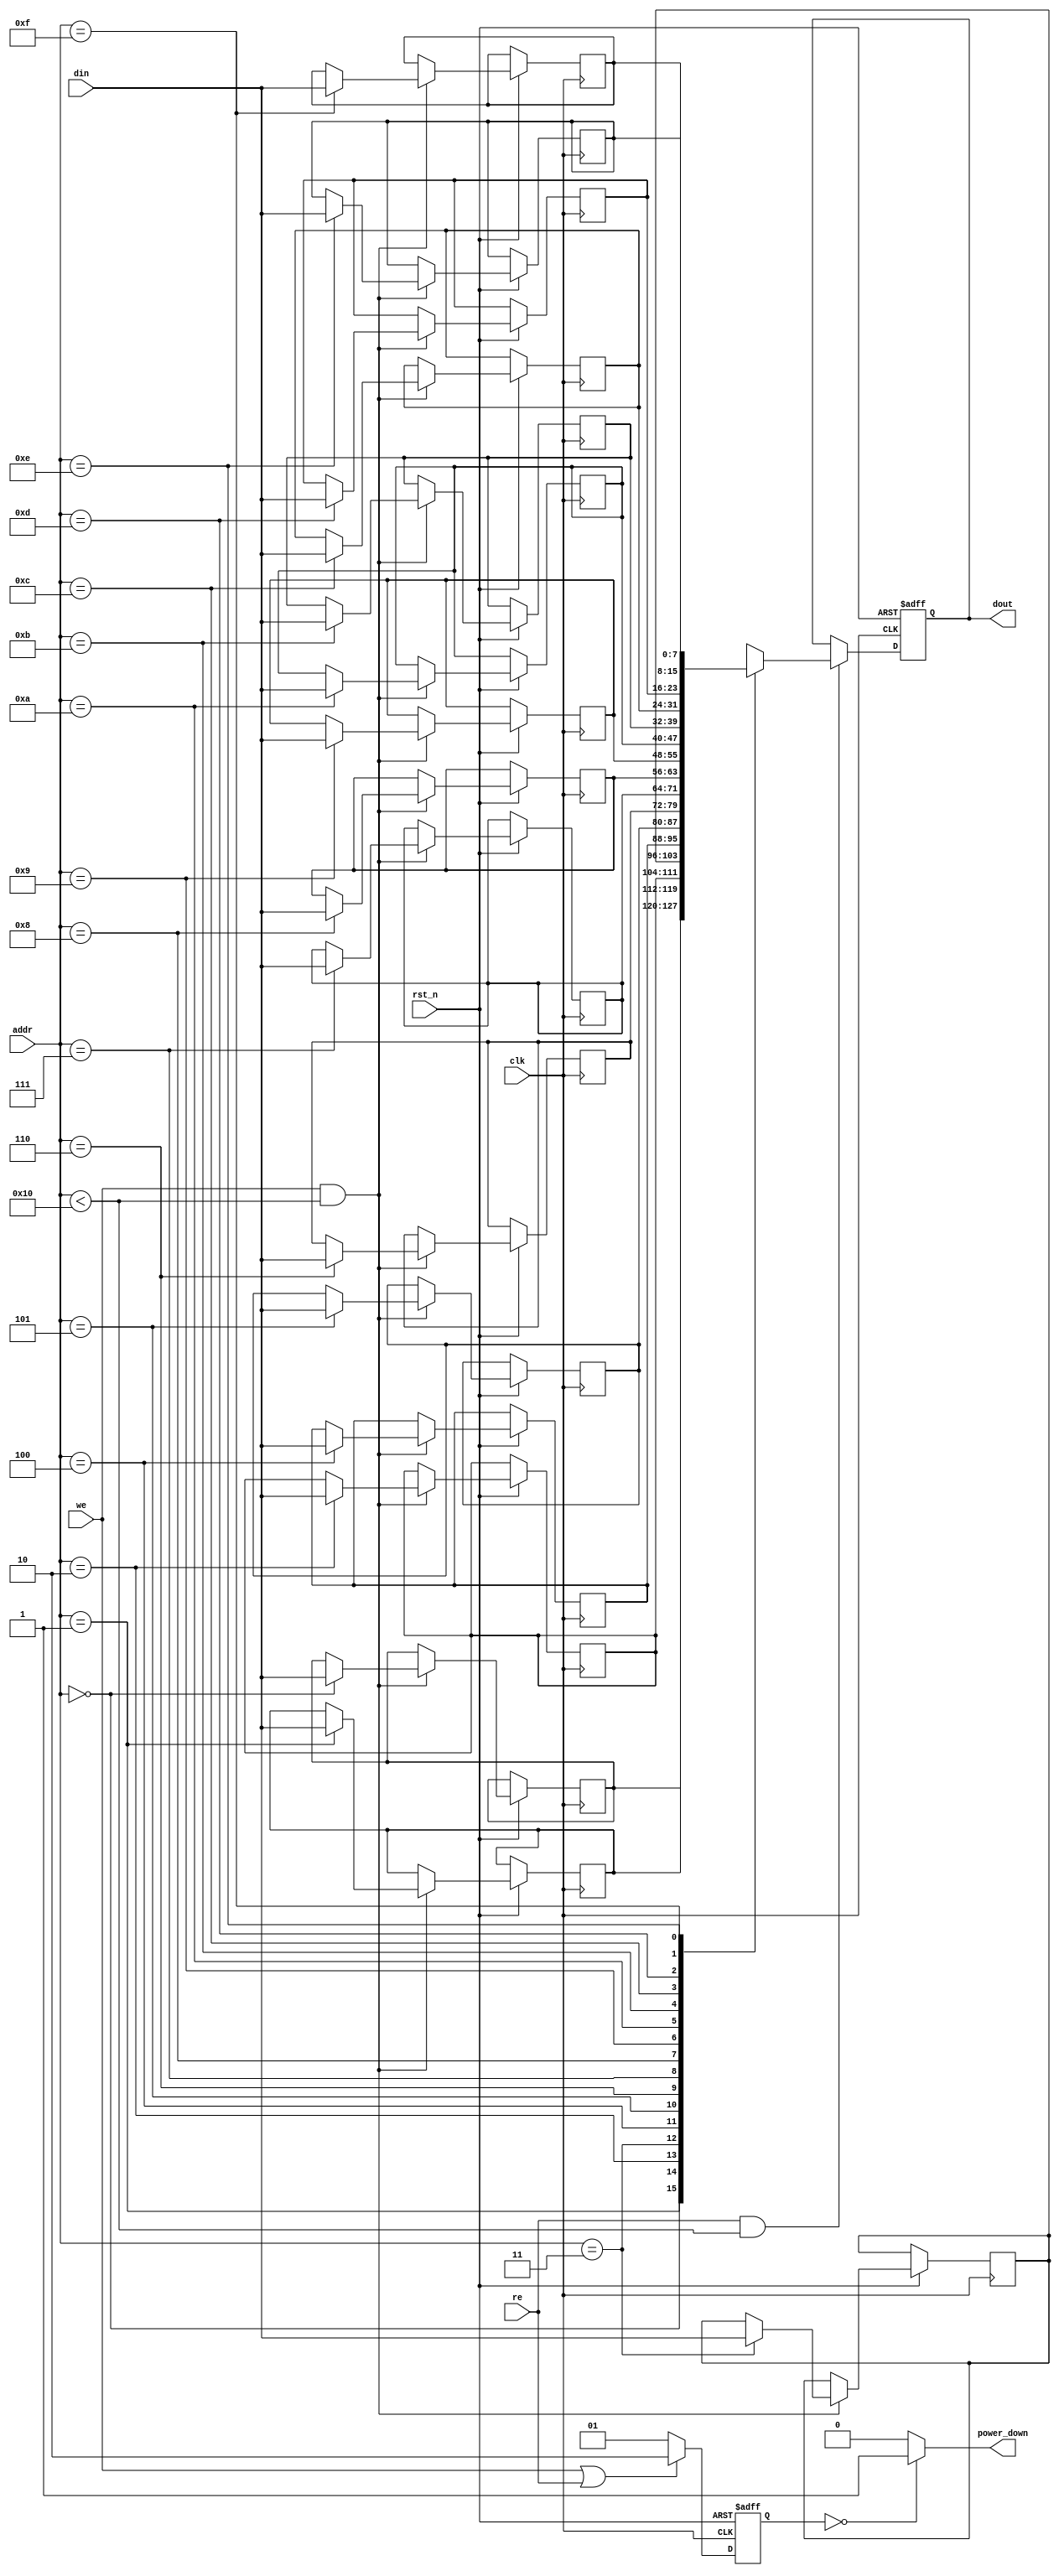
module low_power_sram #(
    parameter DATA_WIDTH = 8,          // Width of data (in bits)
    parameter ADDR_WIDTH = 4,          // Width of address (2^ADDR_WIDTH locations)
    parameter MEMORY_DEPTH = 16         // Total number of memory locations
)(
    input wire clk,
    input wire rst_n,
    input wire we,                     // Write enable
    input wire re,                     // Read enable
    input wire [ADDR_WIDTH-1:0] addr, // Address input
    input wire [DATA_WIDTH-1:0] din,   // Data input
    output reg [DATA_WIDTH-1:0] dout,  // Data output
    output reg power_down              // Power management signal
);
    
    // Memory array declaration
    reg [DATA_WIDTH-1:0] mem [0:MEMORY_DEPTH-1];

    // Internal registers for power management and state
    reg [1:0] state;                   // State of the SRAM (00: sleep, 01: standby, 10: active)

    // Address decoder
    wire valid_addr = (addr < MEMORY_DEPTH);

    // Power Management Logic
    always @(*) begin
        if (state == 0) begin             // Sleep
            power_down = 1;
        end
        else begin                        // Active and Standby
            power_down = 0;
        end
    end

    // Read and Write Operations
    always @(posedge clk or negedge rst_n) begin
        if (!rst_n) begin
            dout <= 0;
            state <= 0;                  // Reset to sleep state
        end else begin
            // Manage transitions between power states
            if (we || re) begin          
                state <= 2;              // Active state while reading or writing
            end else begin
                state <= 1;              // Standby state
            end
            
            // Read operation
            if (re && valid_addr) begin 
                dout <= mem[addr];
            end
            
            // Write operation
            if (we && valid_addr) begin 
                mem[addr] <= din;
            end
        end
    end

endmodule